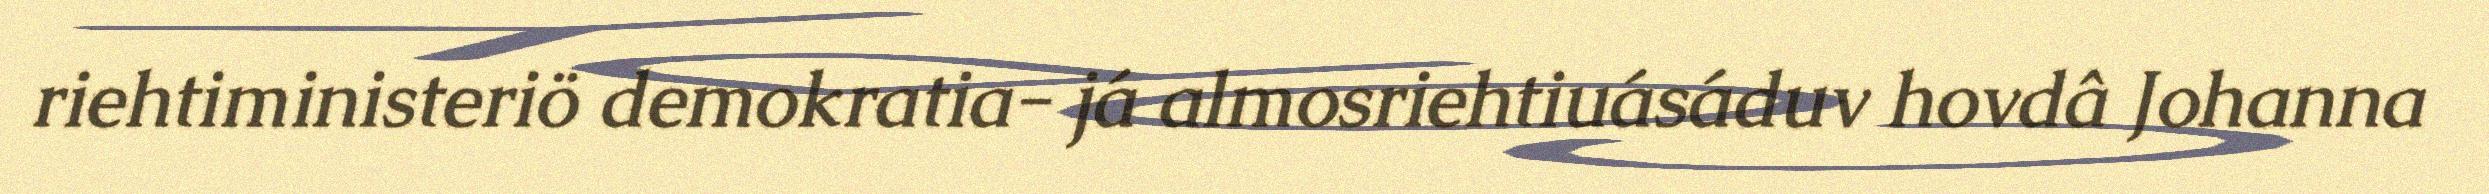
riehtiministeriö demokratia- já almosriehtiuásáduv hovdâ Johanna